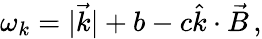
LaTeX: \omega_{k}=|\vec{k}|+b-c\hat{k}\cdot\vec{B}\, ,